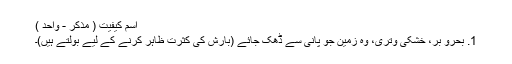
اسم کیفیت ( مذکر - واحد )
1. بحرو بر، خشکی وتری، وہ زمین جو پانی سے ڈھک جائے (بارش کی کثرت ظاہر کرنے کے لیے بولتے ہیں)۔